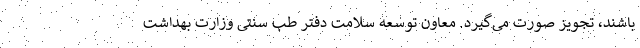
باشند، تجویز صورت می‌گیرد. معاون توسعه سلامت دفتر طب سنتی وزارت بهداشت